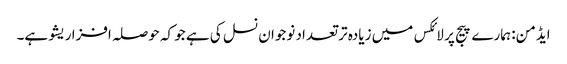
ایڈمن: ہمارے پیج پر لائکس میں زیادہ تر تعداد نوجوان نسل کی ہے جو کہ حوصلہ افزا ریشو ہے۔